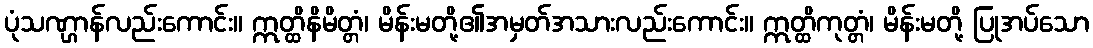
ပုံသဏ္ဌာန်လည်းကောင်း။ ဣတ္ထိနိမိတ္တံ၊ မိန်းမတို့၏အမှတ်အသားလည်းကောင်း။ ဣတ္ထိကုတ္တံ၊ မိန်းမတို့ ပြုအပ်သော